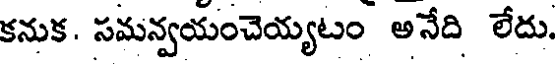
కనుక. సమన్వయంచెయ్యటం అనేది లేదు.